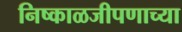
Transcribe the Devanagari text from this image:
निष्काळजीपणाच्या